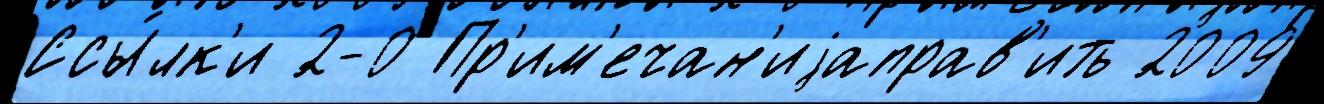
Ссы́лк'и 2-0 Пр'им'ечан'иjаправ'ить 2009